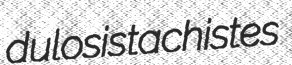
dulosis tachistes